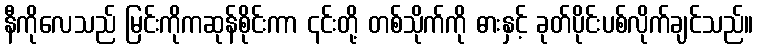
နီကိုလေသည် မြင်းကိုကဆုန်စိုင်းကာ ၎င်းတို့ တစ်သိုက်ကို ဓားနှင့် ခုတ်ပိုင်းပစ်လိုက်ချင်သည်။